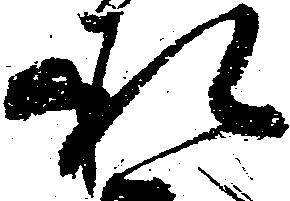
承